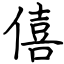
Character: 僖